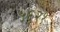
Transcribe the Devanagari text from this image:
५६२१